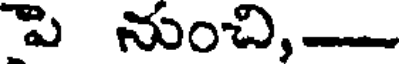
పి నుంచి,-